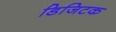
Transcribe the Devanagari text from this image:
डिजिटक